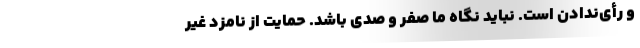
و رأی‌ندادن است. نباید نگاه ما صفر و صدی باشد. حمایت از نامزد غیر